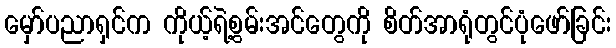
မှော်ပညာရှင်က ကိုယ့်ရဲ့စွမ်းအင်တွေကို စိတ်အာရုံတွင်ပုံဖော်ခြင်း